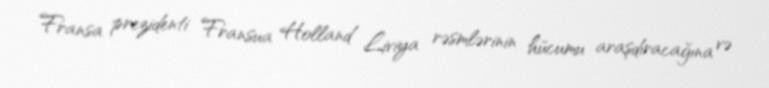
Fransa prezidenti Fransua Holland Liviya rəsmlərinin hücumu araşdıracağına və